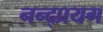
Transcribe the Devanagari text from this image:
नन्द्प्रयग